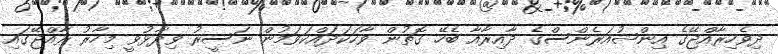
ދިވެހިރާއްޖޭގެ އިންޝުއަރެންސްގެ ދާއިރާއާ ބެހޭ ގޮތުން ވާހަކަދައްކަވަމުން ނަސީރު ވިދާޅުވީ މިހާރު ރާއްޖޭގައި